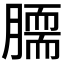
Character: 𦠌